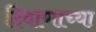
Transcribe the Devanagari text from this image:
दिवाणाच्या